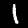
Digit: 1